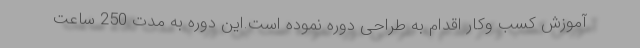
آموزش کسب وکار اقدام به طراحی دوره نموده است.این دوره به مدت 250 ساعت